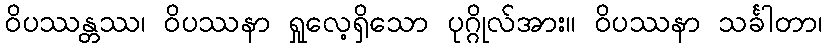
ဝိပဿန္တဿ၊ ဝိပဿနာ ရှုလေ့ရှိသော ပုဂ္ဂိုလ်အား။ ဝိပဿနာ သင်္ခါတာ၊